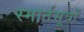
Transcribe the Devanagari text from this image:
स्मार्तसूत्रों